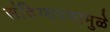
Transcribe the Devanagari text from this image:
संदिग्धपणामुळे